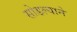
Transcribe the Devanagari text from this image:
सोडल्याने